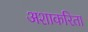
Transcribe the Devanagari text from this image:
अशाकरिता